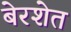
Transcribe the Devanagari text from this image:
बेरशेत